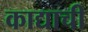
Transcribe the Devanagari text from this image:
काद्याची